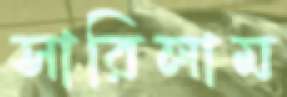
সারিলাম